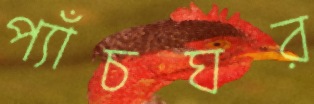
প্যাঁচঘর